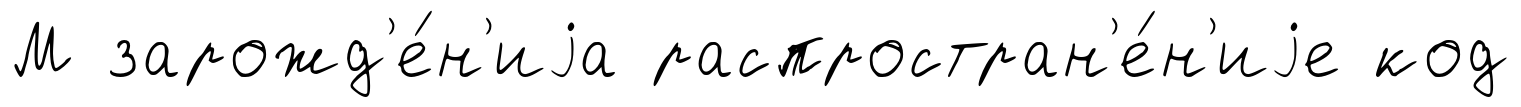
М зарожд'е́н'иjа распростран'е́н'иjе код